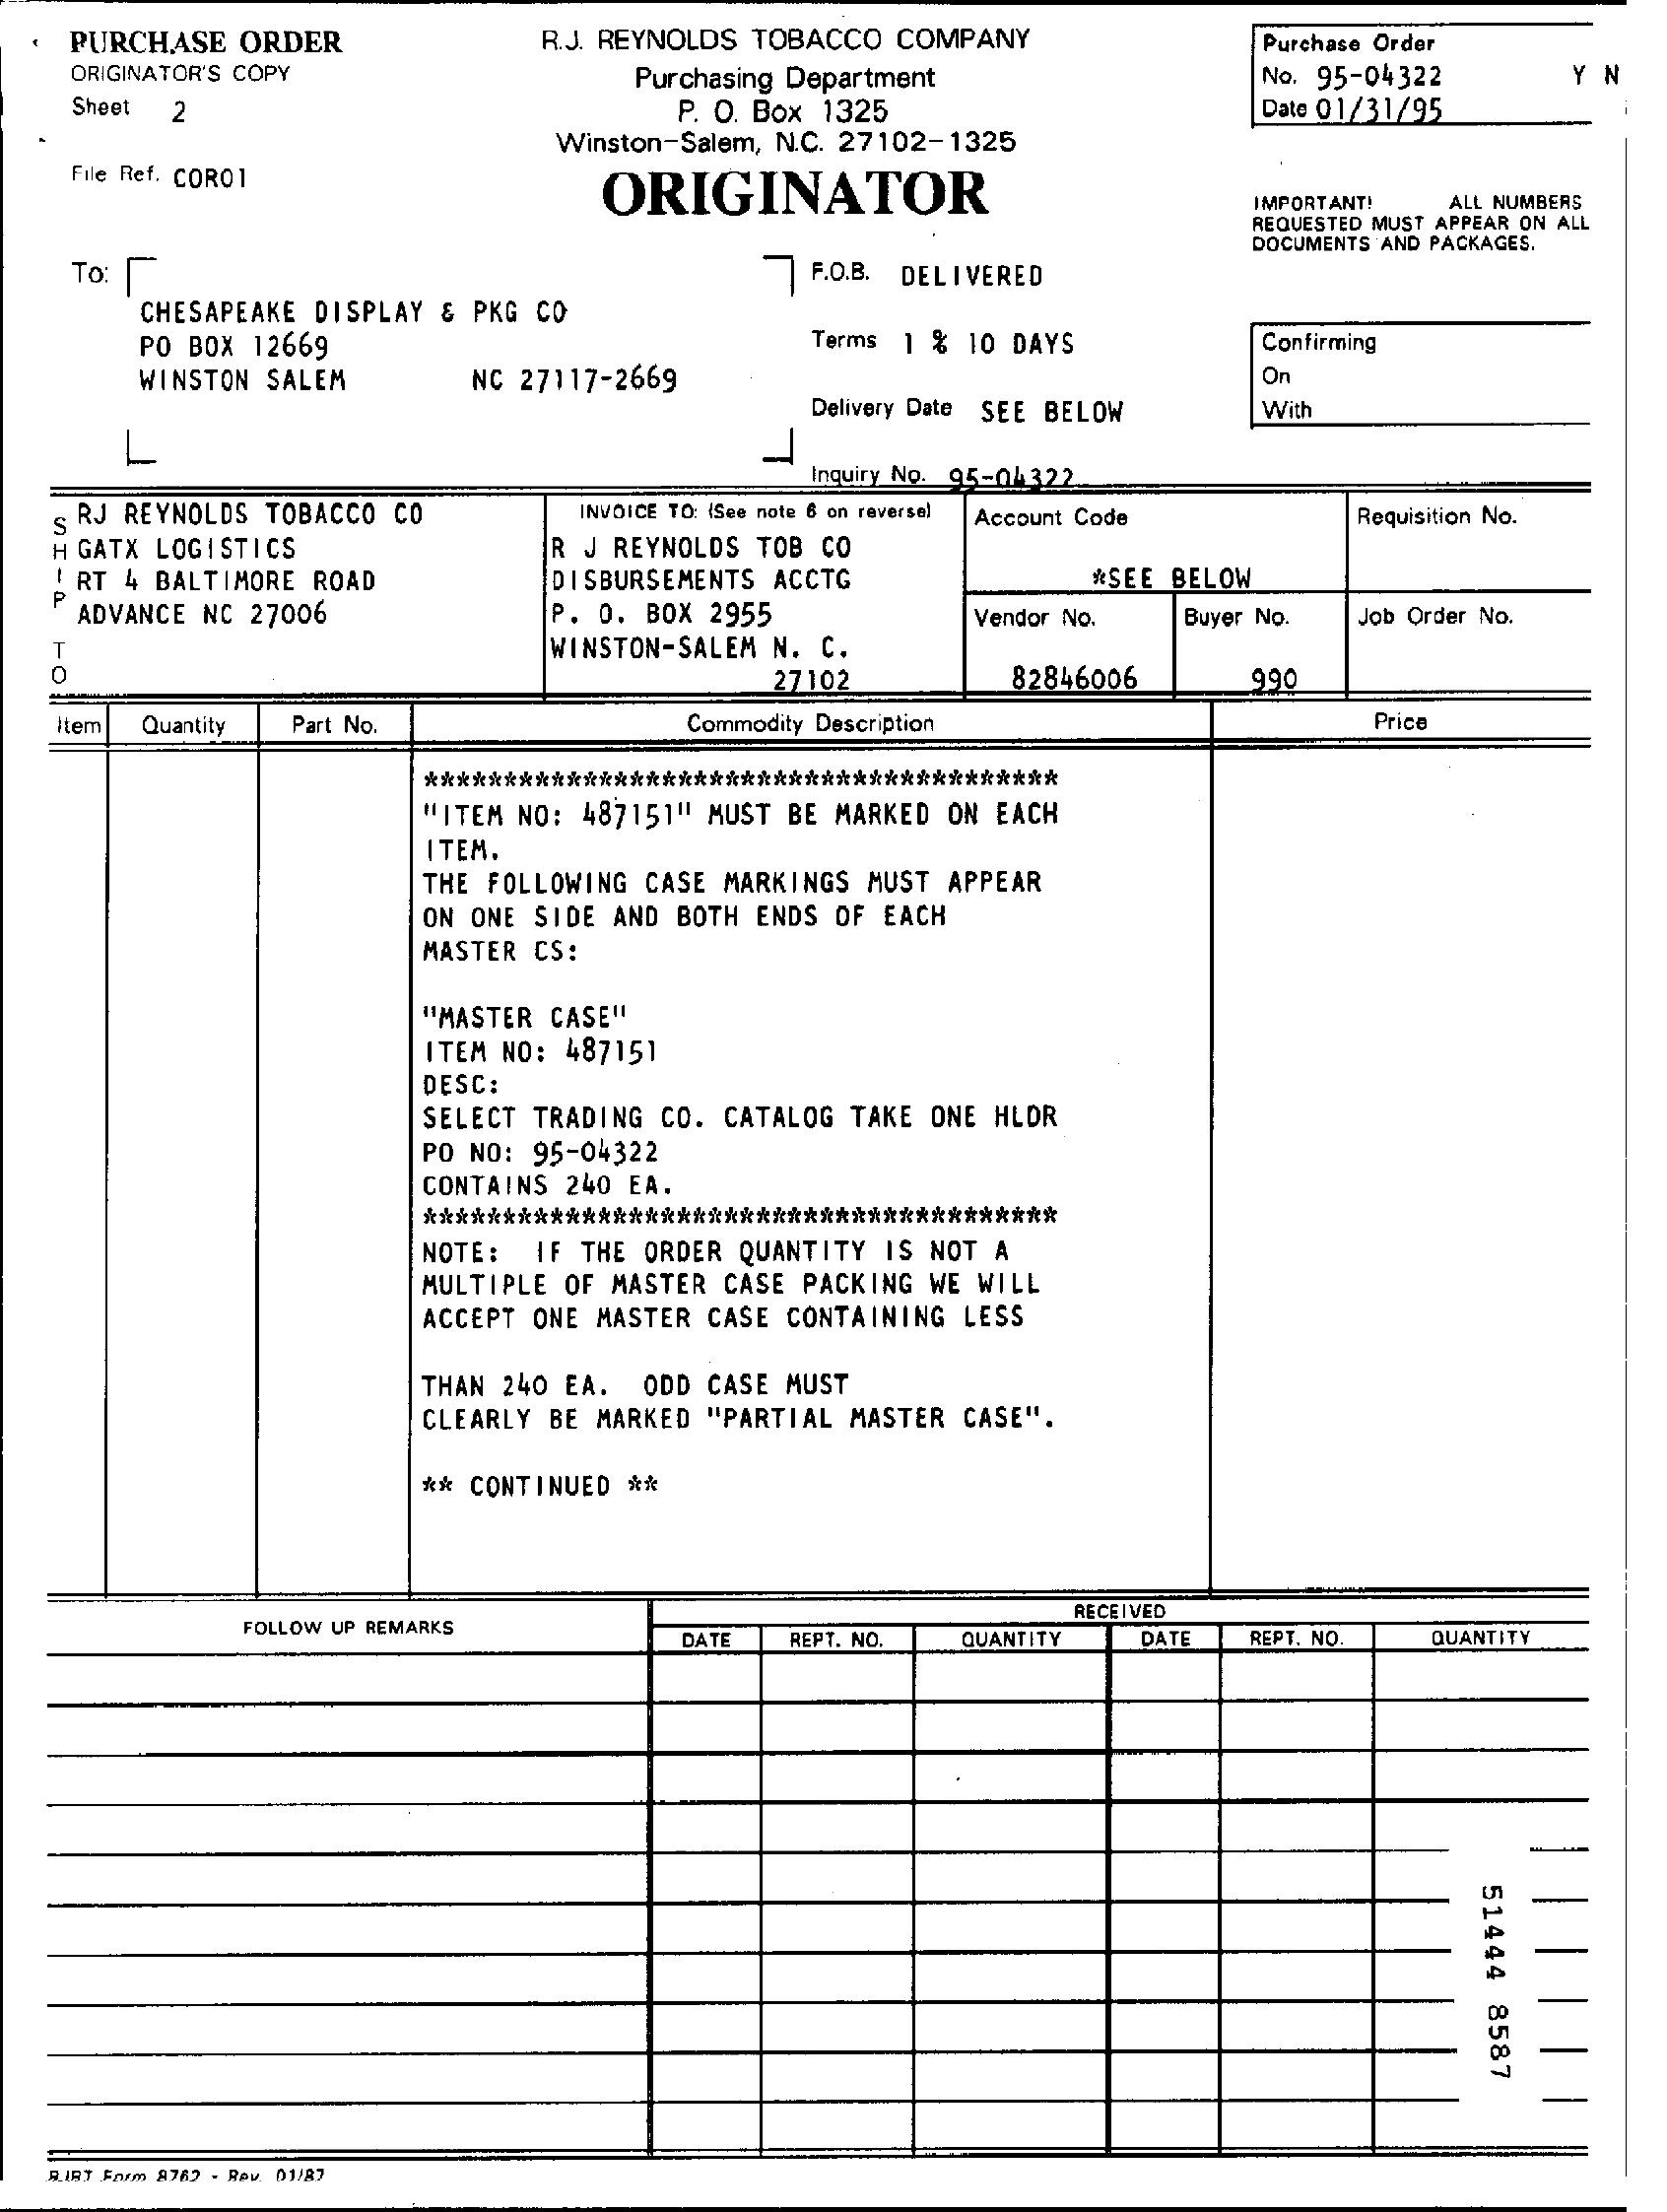
PURCHASE ORDER    R.J. REYNOLDS TOBACCO COMPANY    Purchase Order
    ORIGINATOR'S COPY    Purchasing Department    No. 95-04322    Y N
    Sheet 2    P. O. Box 1325    Date 01/31/95
    File Ref. CORO1
     Winston-Salem, N.C. 27102-1325
     ORIGINATOR    IMPORTANT! ALL NUMBERS
     REQUESTED MUST APPEAR ON ALL
    To:    F.O.B. DELIVERED
     DOCUMENTS AND PACKAGES.
     CHESAPEAKE DISPLAY & PKG CO
     PO BOX 12669    Terms 1 % 10 DAYS    Confirming
     WINSTON SALEM    NC 27117-2669    On
     Delivery Date SEE BELOW With
     L
     Inquiry No. 95-04 322
   S RJ REYNOLDS TOBACCO CO  INVOICE TO: (See note 8 on reverse) Account Code Requisition No.
   H GATX LOGISTICS    R J REYNOLDS TOB CO
   ! RT 4 BALTIMORE ROAD
   P
     *SEE BELOW
    ADVANCE NC 27006
     DISBURSEMENTS ACCTG
     P. O. BOX 2955
     WINSTON-SALEM N. C.
     Vendor No. Buyer No. Job Order No.
   0    27102    82846006    990
   Item Quantity Part No.    Commodity Description    Price
     ****************************************
     "|TEM NO: 487151" MUST BE MARKED ON EACH
     ITEM.
     THE FOLLOWING CASE MARKINGS MUST APPEAR
     ON ONE SIDE AND BOTH ENDS OF EACH
     MASTER CS:
     "MASTER CASE"
     ITEM NO: 487151
     DESC:
     SELECT TRADING CO. CATALOG TAKE ONE HLOR
     PO NO: 95-04322
     CONTAINS 240 EA.
     ****************************************
     NOTE: IF THE ORDER QUANTITY IS NOT A
     MULTIPLE OF MASTER CASE PACKING WE WILL
     ACCEPT ONE MASTER CASE CONTAINING LESS
     THAN 240 EA. ODD CASE MUST
     CLEARLY BE MARKED "PARTIAL MASTER CASE".
     ** CONTINUED **
     FOLLOW UP REMARKS
     RECEIVED
     DATE REPT. NO. QUANTITY DATE REPT. NO. QUANTITY
     51444
     8587
   R.IBT Form 8762 - Row. 01/87